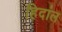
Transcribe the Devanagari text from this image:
हिदांल